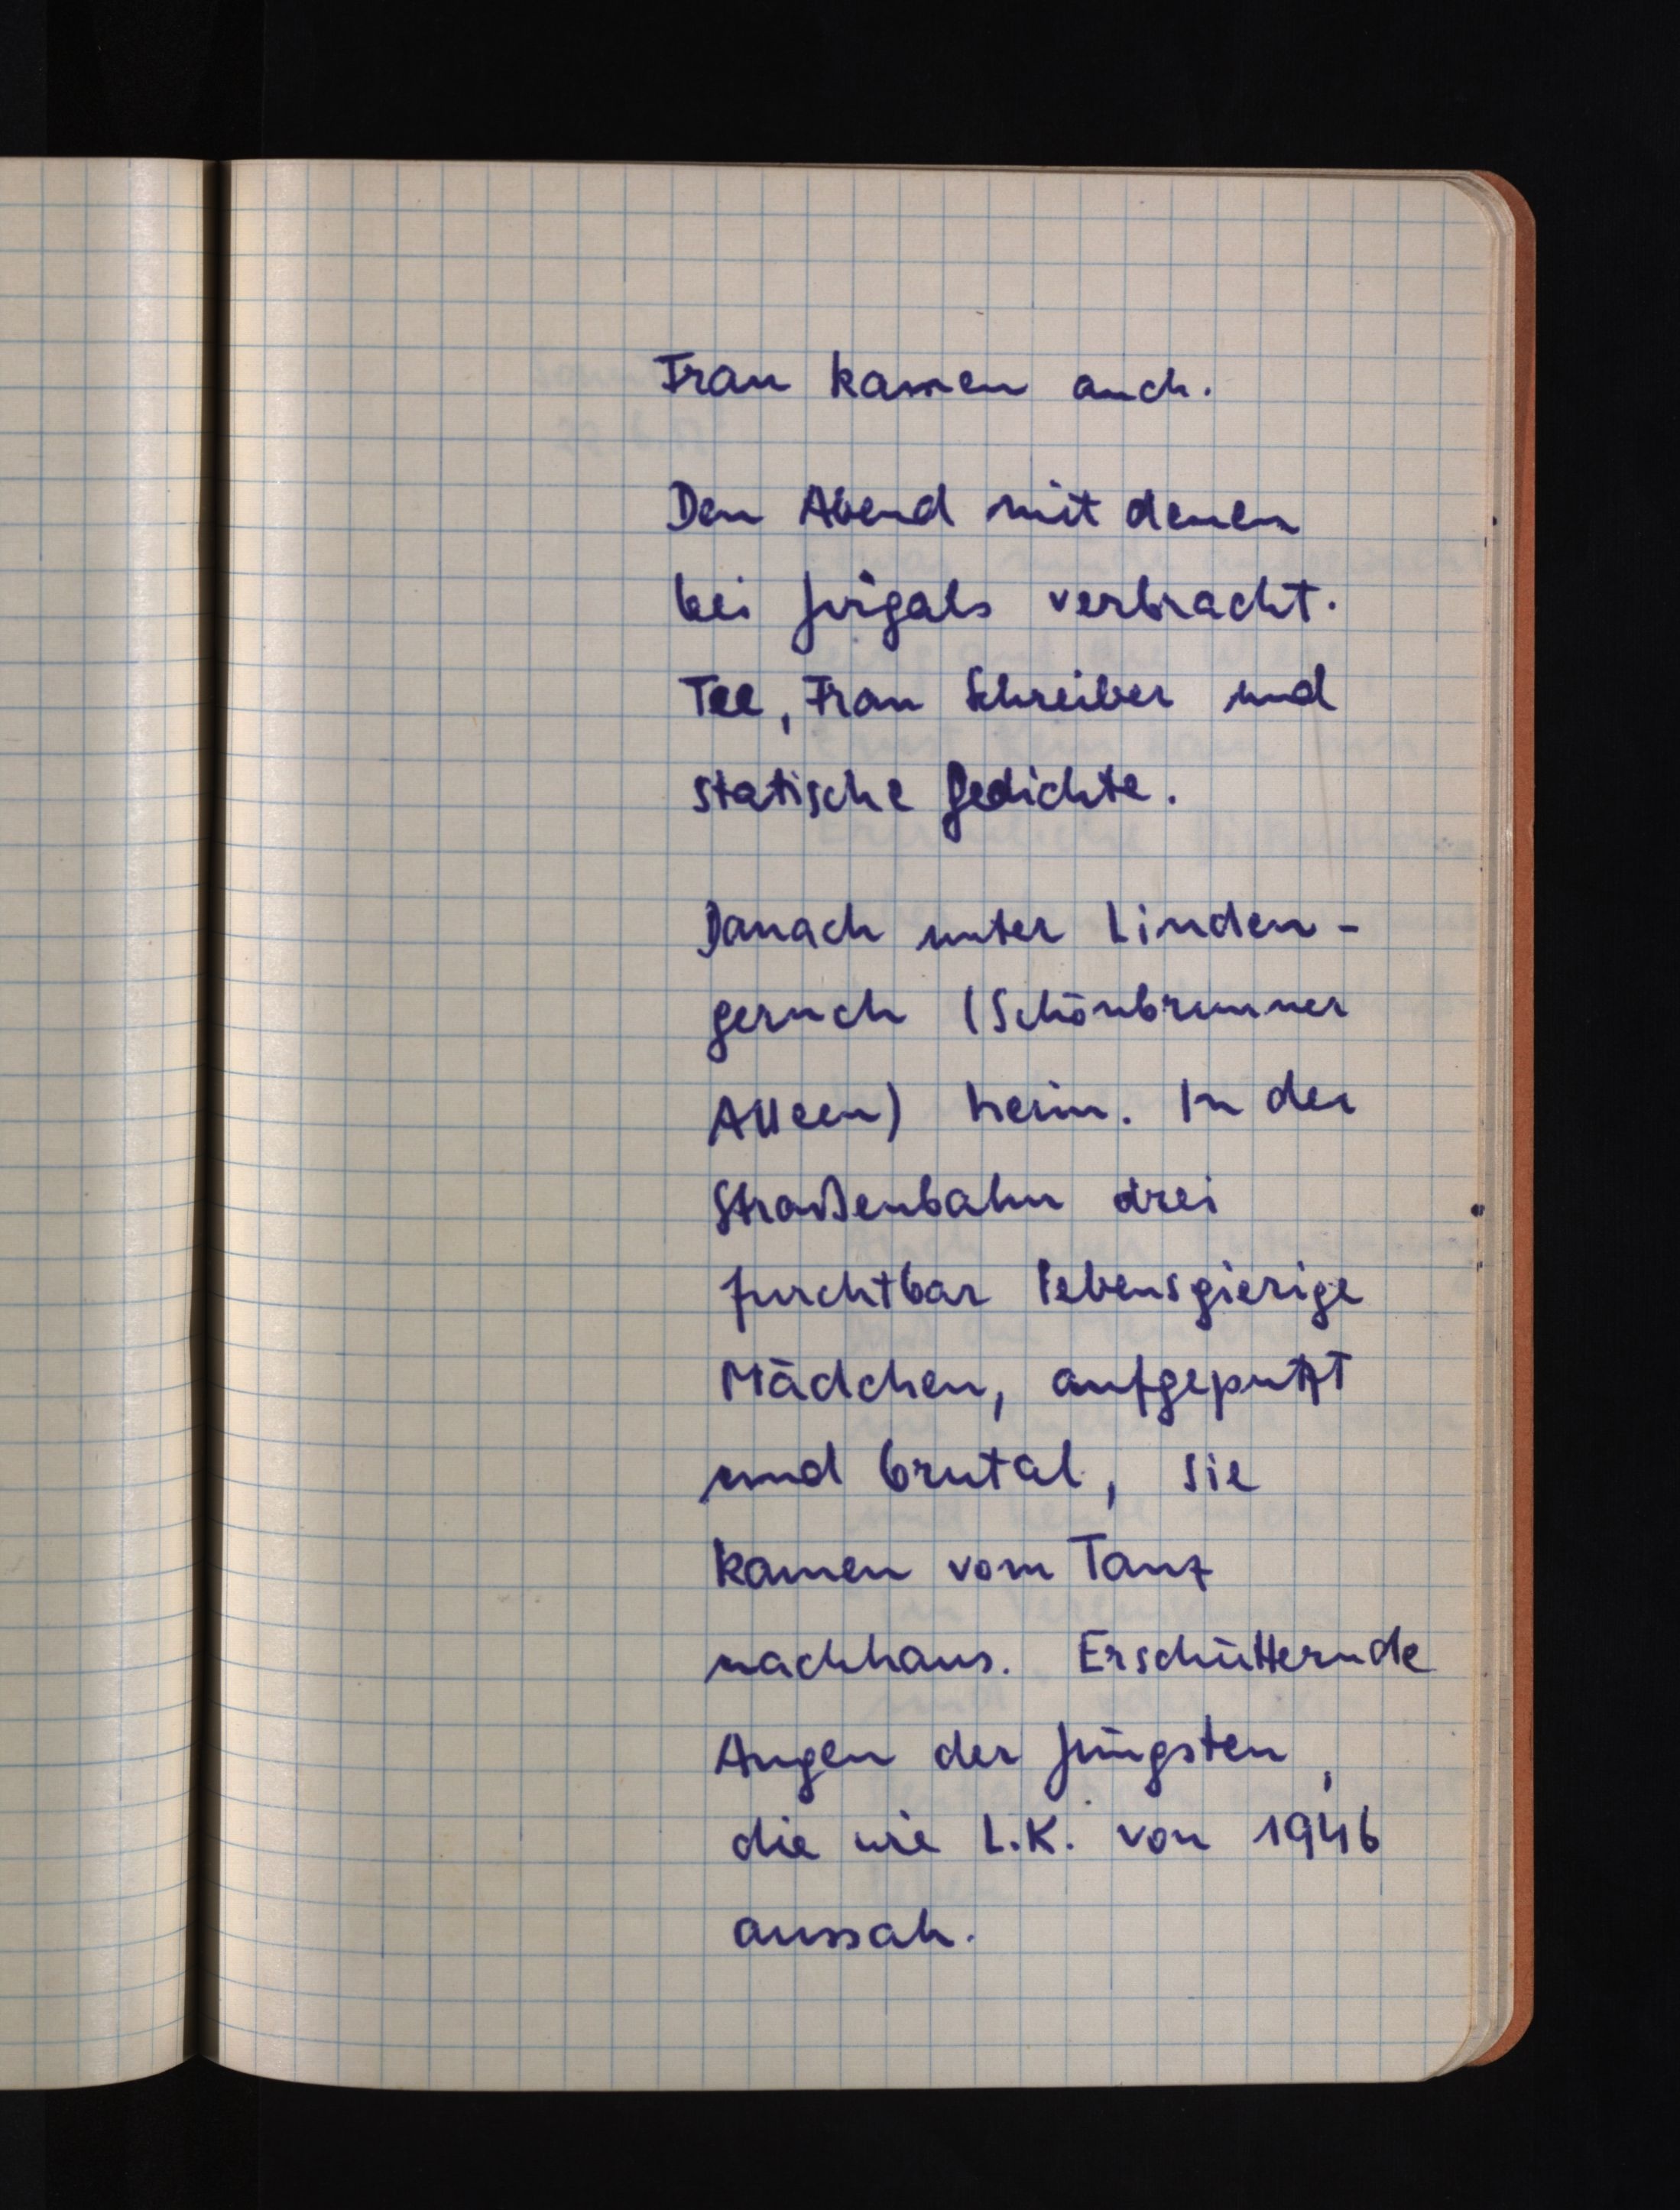
Frau kamen auch.
Den Abend mit denen
bei Jirgals verbracht.
Tee, Frau Schreiber und
statische Gedichte.
Danach unter Linden¬
geruch (Schönbrunner
Alleen) heim. In der
Straßenbahn drei
furchtbar lebensgierige
Mädchen, aufgeputzt
und brutal, sie
kamen vom Tanz
nachhaus. Erschütternde
Augen der Jüngsten,
die wie L. K. von 1946
aussah.